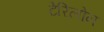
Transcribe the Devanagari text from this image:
टेरिलोन